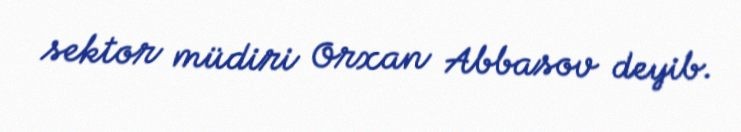
sektor müdiri Orxan Abbasov deyib.